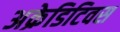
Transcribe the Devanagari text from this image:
अक्रेडिटिवस